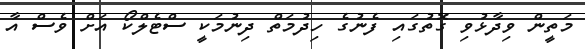
މަތީން ވިދާޅުވި ގޮތުގައި ފެނުގެ ހިދުމަތް ދިނުމަކީ ސްޓެލްކޯ އަށް ވެސް އާ